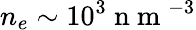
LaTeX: n_{e}\sim 10^{3}\mathrm{~n~m~}^{-3}